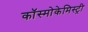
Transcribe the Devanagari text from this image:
कॉस्मोकेमिस्ट्री